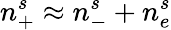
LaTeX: n_{+}^{s}\approx n_{-}^{s}+n_{e}^{s}